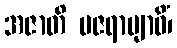
အဇာတိ မဇရာဗျာဓိံ၊